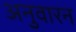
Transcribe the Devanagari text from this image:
अनुवारन